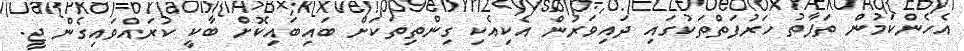
އެހެންކަމުން ތަފާތު ހަރުފަތްތަކުގައި ދައިވަރުން އެކިއެކި ގިންތިތަކަށް ބައިބައިކޮށް ބާކީ ކުރައްވައިގެން ޖީ.